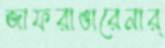
জাফরাঙারেনার্